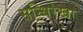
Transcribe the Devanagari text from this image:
सन्धिरेखा